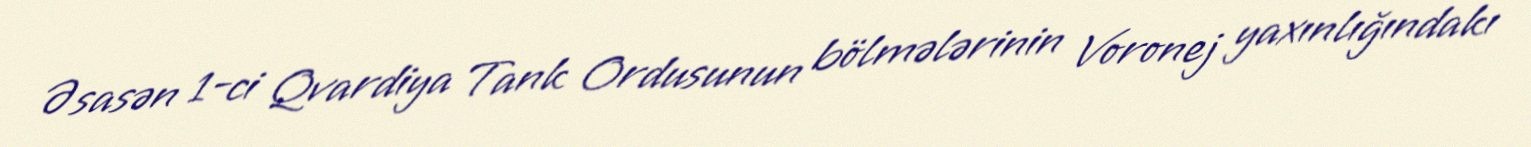
Əsasən 1-ci Qvardiya Tank Ordusunun bölmələrinin Voronej yaxınlığındakı